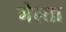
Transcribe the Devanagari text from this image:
गेल्ता